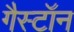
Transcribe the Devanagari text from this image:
गैस्टॉन